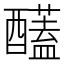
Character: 𮡈